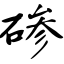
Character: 碜